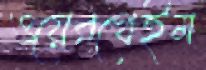
ওয়েরথেইম